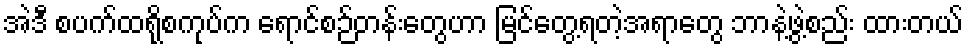
အဲဒီ စပက်ထရိုစကုပ်က ရောင်စဉ်တန်းတွေဟာ မြင်တွေ့ရတဲ့အရာတွေ ဘာနဲ့ဖွဲ့စည်း ထားတယ်